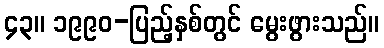
၄၃။ ၁၉၉၀-ပြည့်နှစ်တွင် မွေးဖွားသည်။